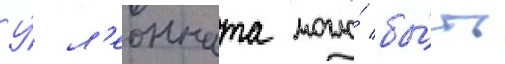
У́ л'еонната могло́ бы́ть